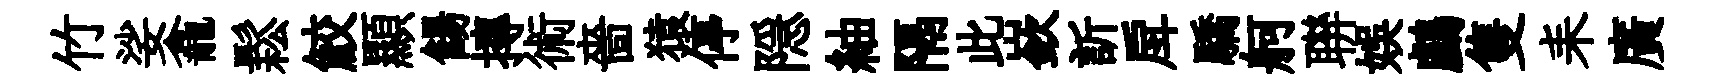
竹娑龕鬆鮫顯餳摶術嗇猿停隠紬隔此嶔訢戽驕舸聨娱鸕隻耒廣